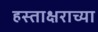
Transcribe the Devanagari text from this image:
हस्ताक्षराच्या